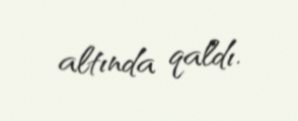
altında qaldı.